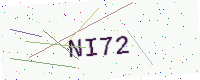
Text: NI72